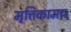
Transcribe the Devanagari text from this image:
मृत्तिकामय